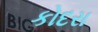
કોદરા